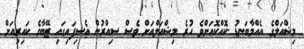
މިޝްއަލްގެ އެއްމާބަނޑު ކޮއްކޮއަށްވެ ހުރެ މިޝްއަލްއަށް ވެސް ސިއްރުން އެސިފައިގައި ޒޭބާގެ ކައިރިއަށް